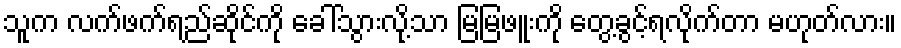
သူက လက်ဖက်ရည်ဆိုင်ကို ခေါ်သွားလို့သာ မြမြဖူးကို တွေ့ခွင့်ရလိုက်တာ မဟုတ်လား။